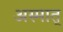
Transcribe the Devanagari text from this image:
अस्मात्‌